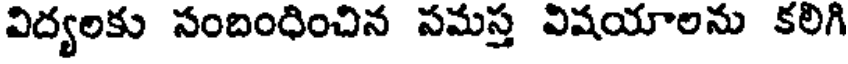
విద్యలకు సందింధించిన సమస్త విషయాలను కలిగి